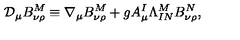
\mathcal { D } _ { \mu } B _ { \nu \rho } ^ { M } \equiv \nabla _ { \mu } B _ { \nu \rho } ^ { M } + g A _ { \mu } ^ { I } \Lambda _ { I N } ^ { M } B _ { \nu \rho } ^ { N } ,